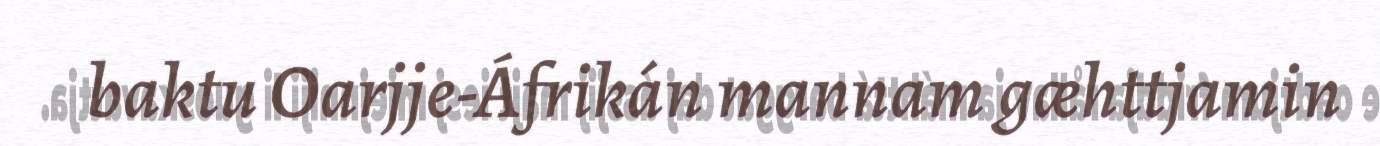
baktu Oarjje-Áfrikán mannam gæhttjamin